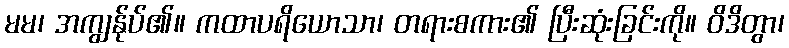
မမ၊ အကျွန်ုပ်၏။ ကထာပရိယောသာ၊ တရားစကား၏ ပြီးဆုံးခြင်းကို။ ဝိဒိတွာ၊